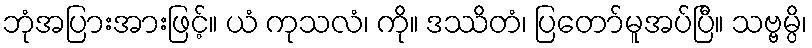
ဘုံအပြားအားဖြင့်။ ယံ ကုသလံ၊ ကို။ ဒဿိတံ၊ ပြတော်မူအပ်ပြီ။ သဗ္ဗမ္ပိ၊